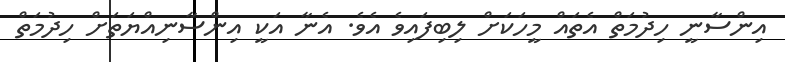
އިންސާނީ ހިދުމަތް އެތައް މީހަކަށް ލިބިފައިވެ އެވެ. އެނާ އަކީ އިންސާނިއްޔަތަށް ހިދުމަތް